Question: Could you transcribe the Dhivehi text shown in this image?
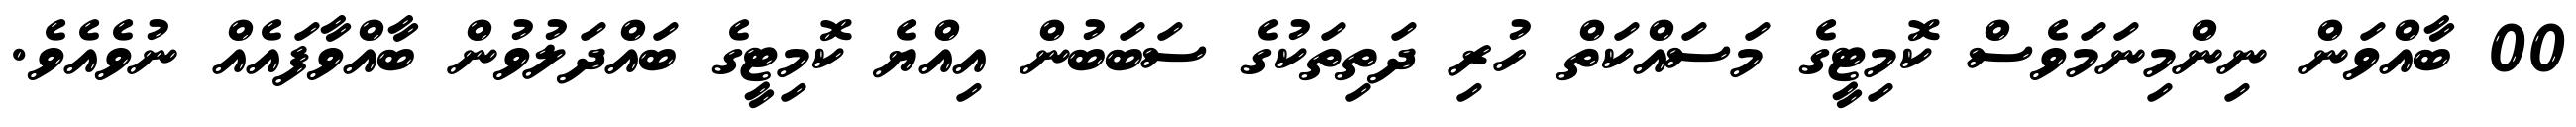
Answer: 00 ބާއްވަން ނިންމިނަމަވެސް ކޮމިޓީގެ މަސައްކަތް ހުރި ދަތިތަކުގެ ސަބަބުން އިއްޔެ ކޮމިޓީގެ ބައްދަލުވުން ބާއްވާފައެއް ނުވެއެވެ.